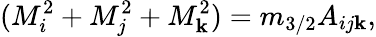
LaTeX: (M_{i}^{2}+M_{j}^{2}+M_{\mathbf{k}}^{2})=m_{3/2}A_{ij\mathbf{k}},